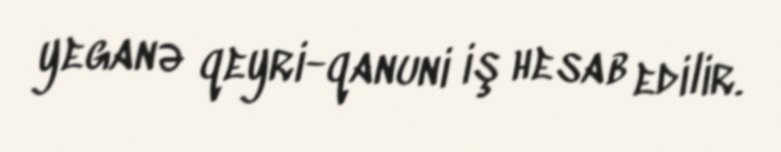
yeganə qeyri-qanuni iş hesab edilir.